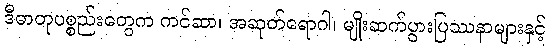
ဒီဓာတုပစ္စည်းတွေက ကင်ဆာ၊ အဆုတ်ရောဂါ၊ မျိုးဆက်ပွားပြဿနာများနှင့်